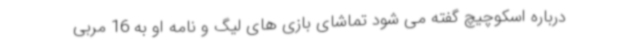
درباره اسکوچیچ گفته می شود تماشای بازی های لیگ و نامه او به 16 مربی